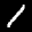
Label: 1